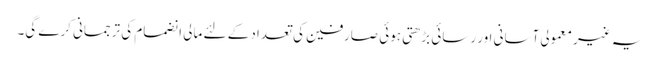
یہ غیر معمولی آسانی اور رسائی بڑھتی ہوئی صارفین کی تعداد کے لئے مالی انضمام کی ترجمانی کرے گی۔